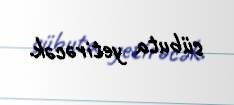
sübuta yetirəcək.